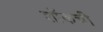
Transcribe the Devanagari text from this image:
शॉकची